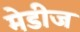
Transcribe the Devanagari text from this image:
मेडीज